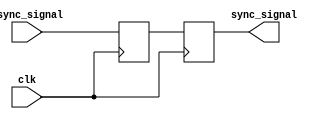
module synchronizer (
    input wire async_signal, //Asynchronous input signal
    input wire clk, //System clock signal
    output reg sync_signal //Synchronized output signal
);

reg async_ff;
always @(posedge clk) begin
    async_ff <= async_signal;
    sync_signal <= async_ff;
end

endmodule